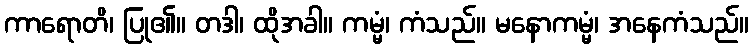
ကာရောတိ၊ ပြု၏။ တဒါ၊ ထိုအခါ။ ကမ္မံ၊ ကံသည်။ မနောကမ္မံ၊ အနေကံသည်။